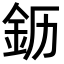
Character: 𬫂